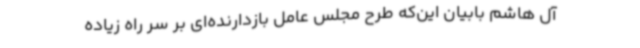
آل هاشم بابیان این‌که طرح مجلس عامل بازدارنده‌ای بر سر راه زیاده‌